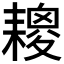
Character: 𦔕